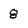
Character: 8